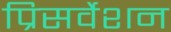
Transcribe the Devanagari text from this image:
प्रिसर्वेशन